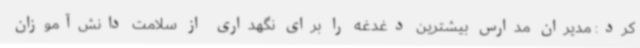
کرد: مدیران مدارس بیشترین دغدغه را برای نگهداری از سلامت دانش‌آموزان